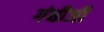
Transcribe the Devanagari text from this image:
गंधीजी